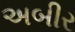
અબીર